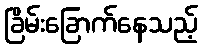
ခြိမ်းခြောက်နေသည့်